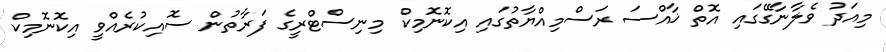
މިއަދު ވެލާނާގޭގައި އޮތް ޚާއްސަ ރަސްމިއްޔާތުގައި އިކޮނޮމިކް މިނިސްޓްރީގެ ފަރާތުން ސޮއިކުރެއްވީ އިކޮނޮމިކް